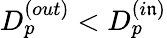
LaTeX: D_{p}^{(out)}<D_{p}^{(i\mathfrak{n})}